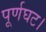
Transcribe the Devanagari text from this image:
पूर्णघट।